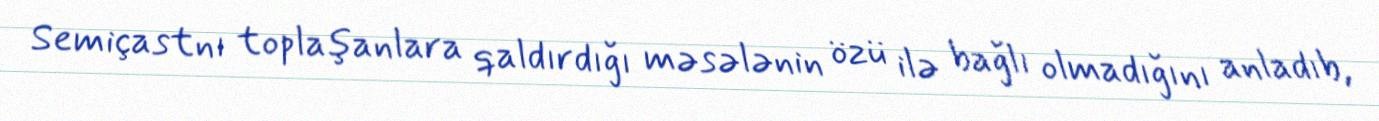
Semiçastnı toplaşanlara qaldırdığı məsələnin özü ilə bağlı olmadığını anladıb,